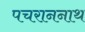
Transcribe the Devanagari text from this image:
पचराननाथ